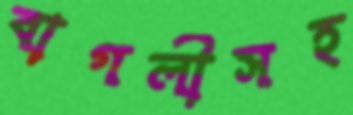
বাগলীসহ